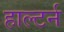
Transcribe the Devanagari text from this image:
हाल्टर्न